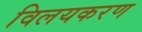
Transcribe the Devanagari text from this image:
विलयकरण